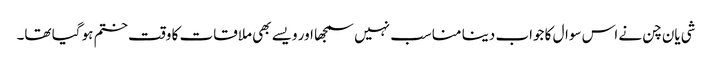
شی یان چن نے اس سوال کا جواب دینا مناسب نہیں سمجھا اور ویسے بھی ملاقات کا وقت ختم ہو گیا تھا۔